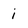
Character: i